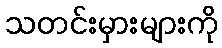
သတင်းမှားများကို